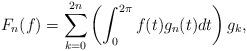
LaTeX: \begin{align*}F_n(f)=\sum_{k=0}^{2n}\left(\int_0^{2\pi}f(t)g_n(t)dt\right)g_k,\end{align*}